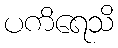
ပကိရေသိ